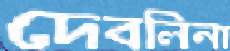
দেবলিনা